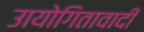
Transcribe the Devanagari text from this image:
उायोगितावादी